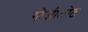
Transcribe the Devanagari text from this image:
गोजीलोट